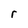
Character: r